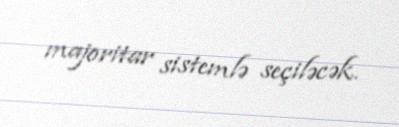
majoritar sistemlə seçiləcək.